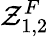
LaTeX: \mathcal{Z}_{1,2}^{F}